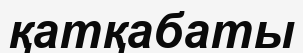
қатқабаты